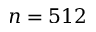
n = 5 1 2